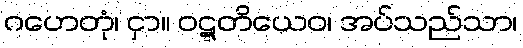
ဂဟေတုံ၊ ငှာ။ ဝဋ္ဋတိယေဝ၊ အပ်သည်သာ၊